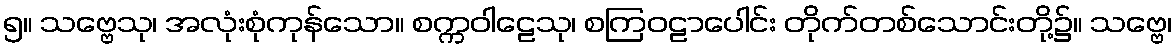
၅။ သဗ္ဗေသု၊ အလုံးစုံကုန်သော။ စက္ကဝါဠေသု၊ စကြဝဠာပေါင်း တိုက်တစ်သောင်းတို့၌။ သဗ္ဗေ၊